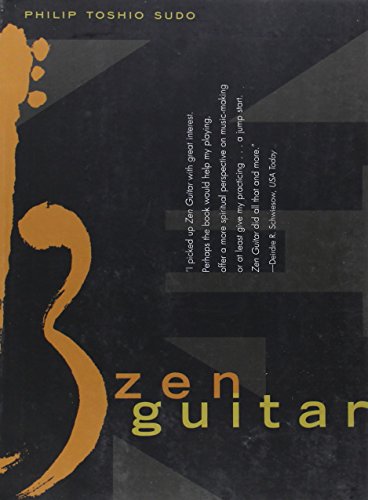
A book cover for Zen Guitar; Philip Toshio Sudo; Religion & Spirituality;